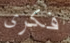
فكرى